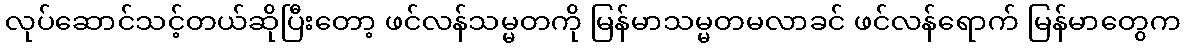
လုပ်ဆောင်သင့်တယ်ဆိုပြီးတော့ ဖင်လန်သမ္မတကို မြန်မာသမ္မတမလာခင် ဖင်လန်ရောက် မြန်မာတွေက